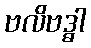
ဗလိဗဒ္ဓါ